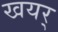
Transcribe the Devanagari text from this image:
खयर्